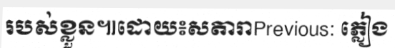
របស់ខ្លួន៕ដោយ៖សតារាPrevious: ភ្លៀង